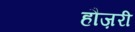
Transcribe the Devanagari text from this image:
हौज़री